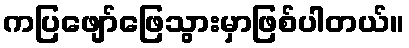
ကပြဖျော်ဖြေသွားမှာဖြစ်ပါတယ်။